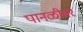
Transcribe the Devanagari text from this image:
पानळीवर